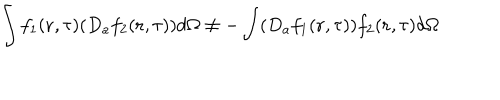
\int f _ { 1 } ( { \bf r } , \tau ) ( D _ { a } f _ { 2 } ( { \bf r } , \tau ) ) d \Omega \neq - \int ( D _ { a } f _ { 1 } ( { \bf r } , \tau ) ) f _ { 2 } ( { \bf r } , \tau ) d \Omega